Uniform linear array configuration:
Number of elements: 4
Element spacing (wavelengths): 0.5
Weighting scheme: cosine
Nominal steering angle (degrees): -30
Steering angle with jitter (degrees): -31.118
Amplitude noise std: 0.05
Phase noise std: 0.05

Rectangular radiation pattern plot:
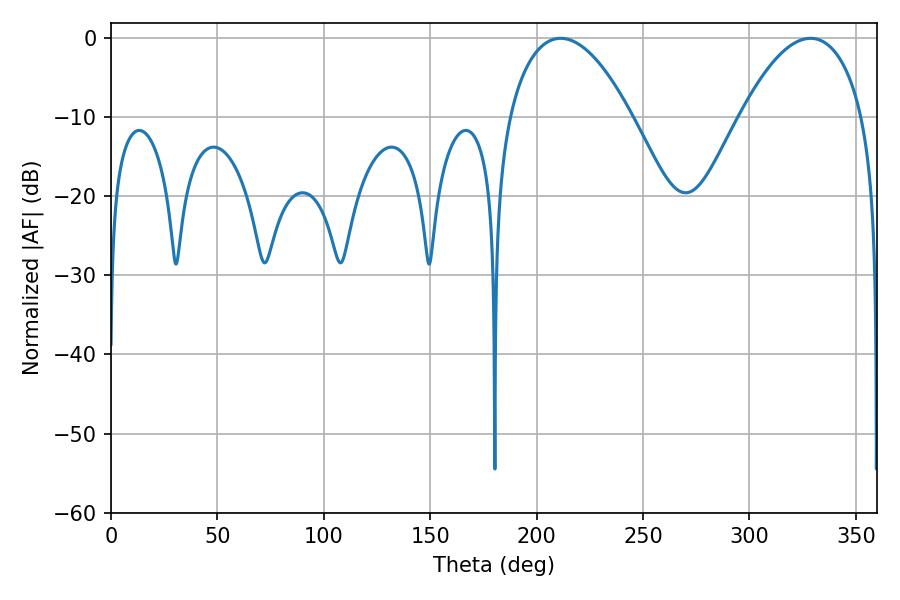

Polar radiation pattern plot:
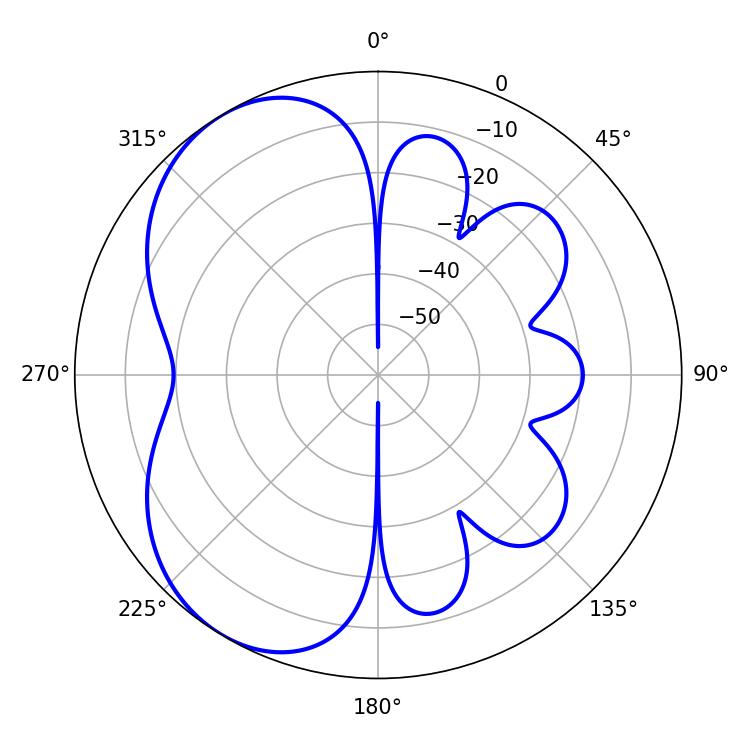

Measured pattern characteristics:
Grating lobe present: FALSE
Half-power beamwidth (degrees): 32.22
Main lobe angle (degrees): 211.32